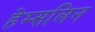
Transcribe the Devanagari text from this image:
हेम्सलिन